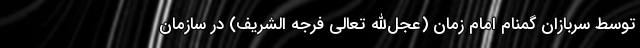
توسط سربازان گمنام امام زمان (عجل‌الله تعالی فرجه الشریف) در سازمان